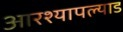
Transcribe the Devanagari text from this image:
आरश्यापल्याड